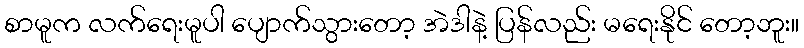
စာမူက လက်ရေးမူပါ ပျောက်သွားတော့ အဲဒါနဲ့ ပြန်လည်း မရေးနိုင် တော့ဘူး။